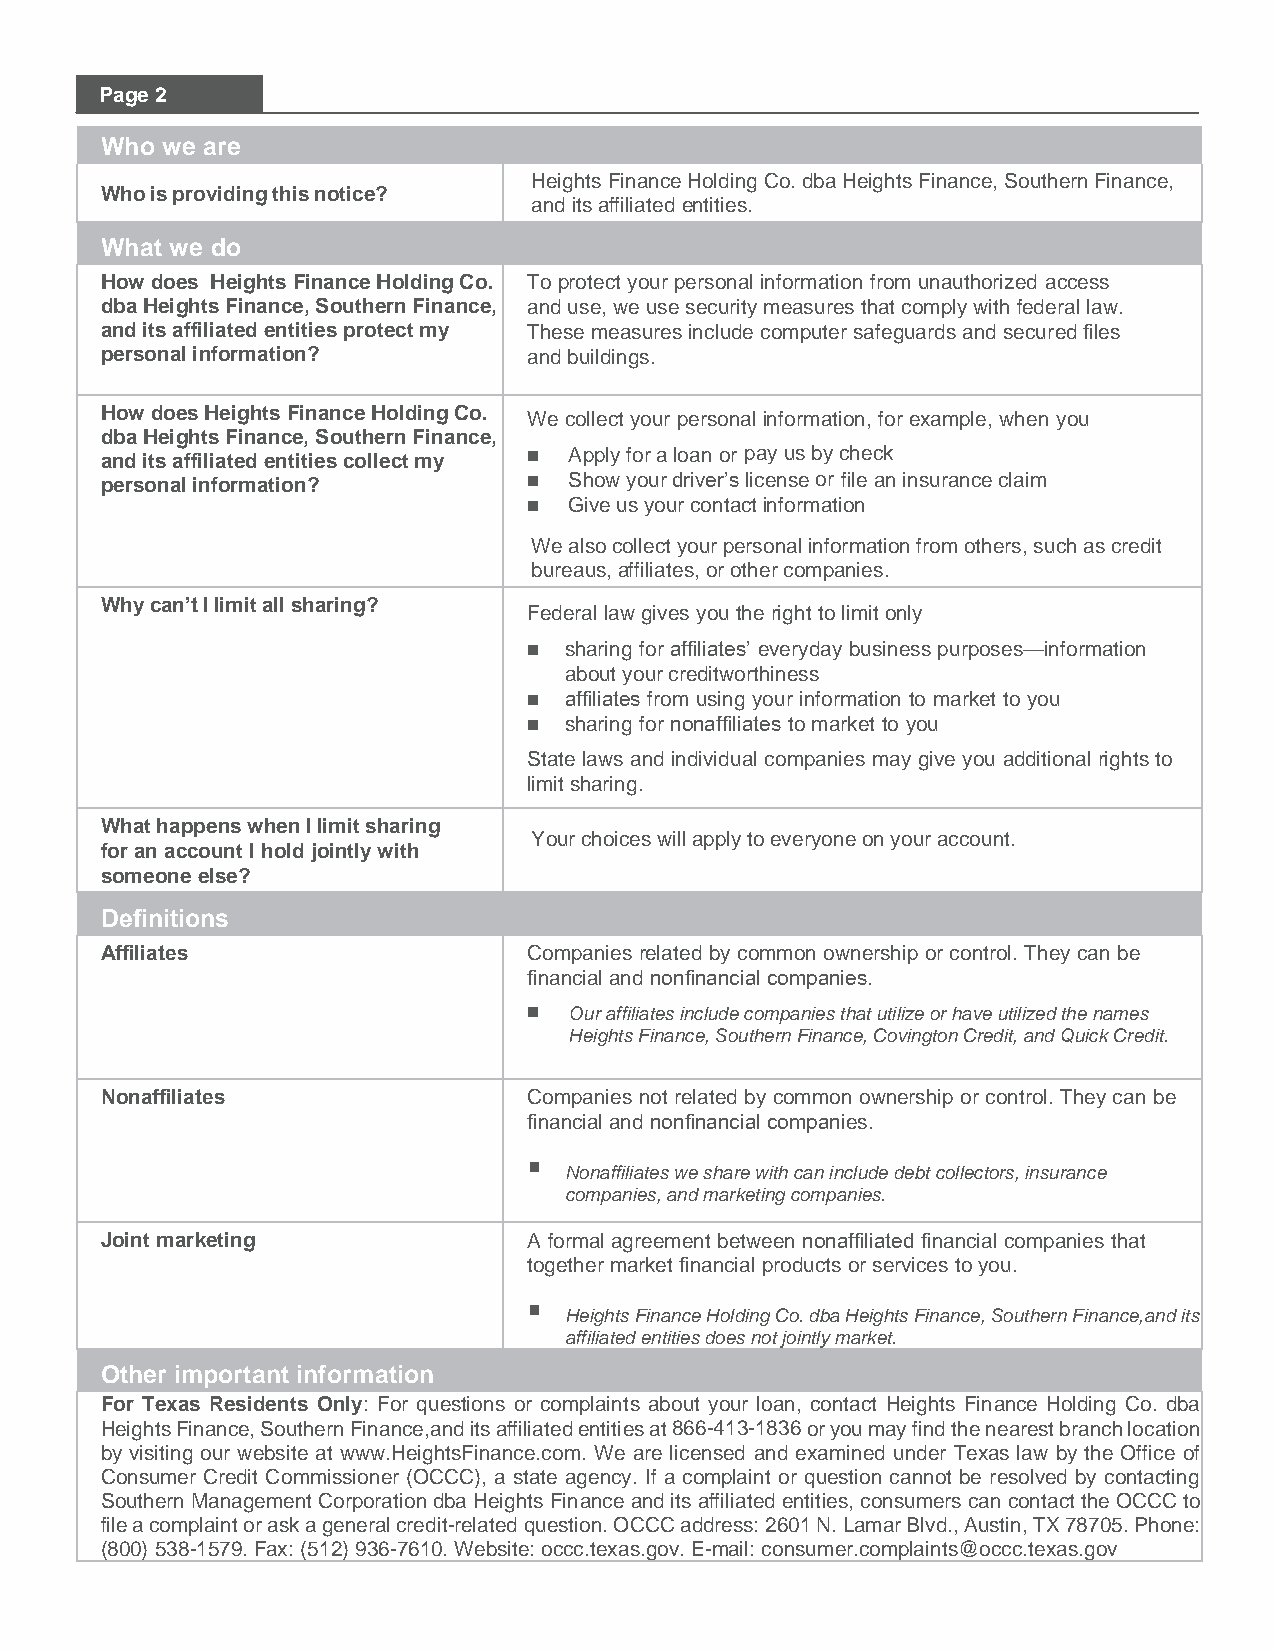
Page 2
 Who we are
 Heights Finance Holding Co. dba Heights Finance, Southern Finance,
 Who is providing this notice?
 and its affiliated entities.
 What we do
 How does Heights Finance Holding Co. To protect your personal information from unauthorized access
 dba Heights Finance, Southern Finance, and use, we use security measures that comply with federal law.
 and its affiliated entities protect my These measures include computer safeguards and secured files
 personal information?       and buildings.
 How doesHeights Finance Holding Co. We collect your personal information, for example, when you
 dba Heights Finance, Southern Finance,
 and its affiliated entities collect my ◼ Apply for a loan or pay us by check
 personal information?       ◼  Show your driver’s license or file an insurance claim
 ◼  Give us your contact information
 We also collect your personal information from others, such as credit
 bureaus, affiliates, or other companies.
 Why can’t I limit all sharing?
 Federal law gives you the right to limit only
 ◼ sharing for affiliates’ everyday business purposes—information
 about your creditworthiness
 ◼ affiliates from using your information to market to you
 ◼ sharing for nonaffiliates to market to you
 State laws and individual companies may give you additional rights to
 limit sharing.
 What happens when I limit sharing
 Your choices will apply to everyone on your account.
 for an account I hold jointly with
 someone else?
 Definitions
 Affiliates                  Companies related by common ownership or control. They can be
 financial and nonfinancial companies.
 ◼  Our affiliates include companies that utilize or have utilized the names
 Heights Finance, Southern Finance, Covington Credit, and Quick Credit.
 Nonaffiliates               Companies not related by common ownership or control. They can be
 financial and nonfinancial companies.
 ▪
 Nonaffiliates we share with can include debt collectors, insurance
 companies, and marketing companies.
 Joint marketing             A formal agreement between nonaffiliated financial companies that
 together market financial products or services to you.
 ▪
 Heights Finance Holding Co. dba Heights Finance, Southern Finance, and its
 affiliated entities does not jointly market.
 Other important information
 For Texas Residents Only: For questions or complaints about your loan, contact Heights Finance Holding Co. dba
 Heights Finance, Southern Finance, and its affiliated entities at 866-413-1836 or you may find the nearest branch location
 by visiting our website at www.HeightsFinance.com. We are licensed and examined under Texas law by the Office of
 Consumer Credit Commissioner (OCCC), a state agency. If a complaint or question cannot be resolved by contacting
 Southern Management Corporation dba Heights Finance and its affiliated entities, consumers can contact the OCCC to
 file a complaint or ask a general credit-related question. OCCC address: 2601 N. Lamar Blvd., Austin, TX 78705. Phone:
 (800) 538-1579. Fax: (512) 936-7610. Website: occc.texas.gov. E-mail: consumer.complaints@occc.texas.gov